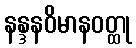
နန္ဒနဝိမာနဝတ္ထု